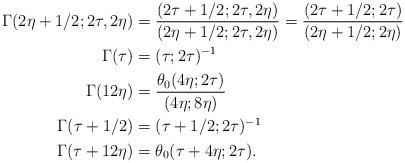
LaTeX: \begin{align*}\Gamma(2\eta + 1/2; 2\tau, 2\eta) &= \frac{(2\tau + 1/2; 2\tau, 2\eta)}{(2\eta+1/2; 2\tau, 2\eta)} = \frac{(2\tau + 1/2; 2\tau)}{(2\eta+1/2; 2\eta)}\\\Gamma(\tau) &= (\tau; 2\tau)^{-1}\\\Gamma(12\eta) &= \frac{\theta_0(4\eta; 2\tau)}{(4\eta; 8\eta)}\\\Gamma(\tau + 1/2) &= (\tau + 1/2; 2\tau)^{-1}\\\Gamma(\tau + 12\eta) &= \theta_0(\tau + 4\eta; 2\tau).\end{align*}